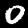
Label: 0